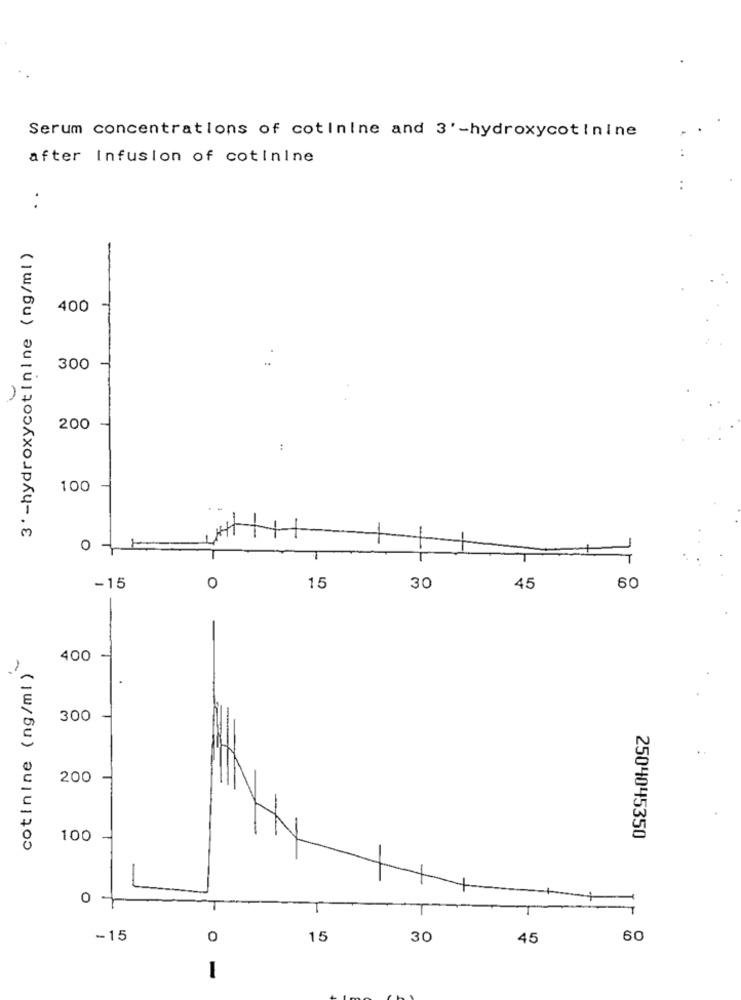
Serum concentrations of cotinine and 3' -hydroxycotinine
after Infusion of cotinine
:
3' -hydroxycotinine (ng/ml )
400
300
200
:
100
O
T
-15
0
15
30
45
60
cotinine (ng/ml )
400
300
200
100
2504045350
O -
-15
0
15
30
45
60
1